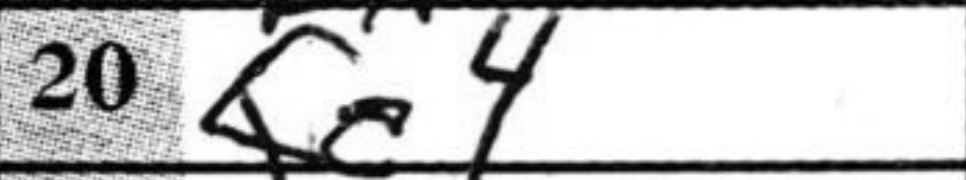
Transcription: Qc4